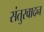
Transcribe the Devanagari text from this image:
संतुरवादन